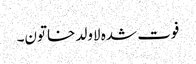
فوت شدہ لاولد خاتون۔